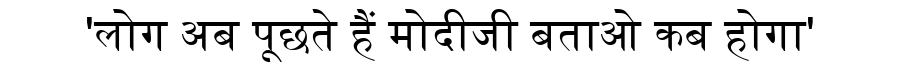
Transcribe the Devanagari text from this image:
'लोग अब पूछते हैं मोदीजी बताओ कब होगा'